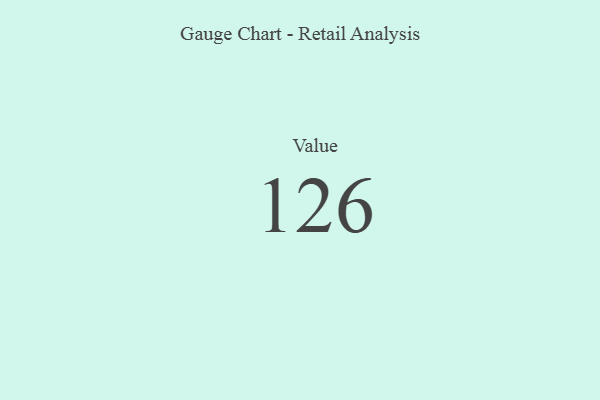
{"axis": {"x": "Metric", "y": "Value"}, "legend": [""], "data": [{"x": "Value", "y": 126, "type": ""}]}